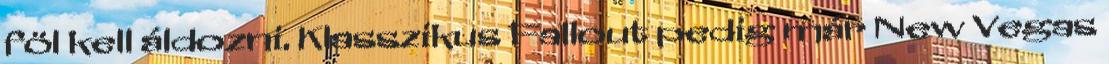
föl kell áldozni. Klasszikus Fallout pedig már New Vegas